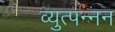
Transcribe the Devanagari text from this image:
व्युत्पन्नन